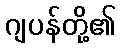
ဂျပန်တို့၏